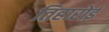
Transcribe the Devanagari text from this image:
तिहारोई